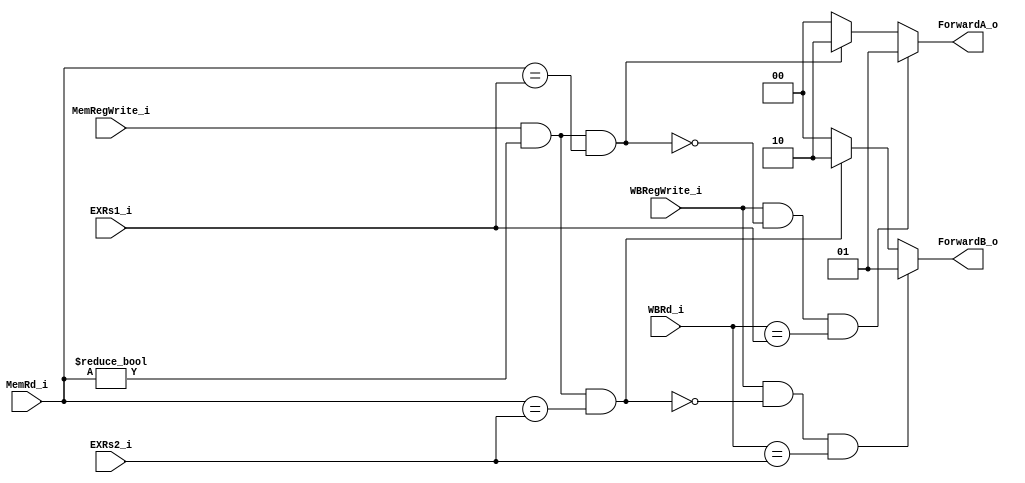
module Forward_Unit(
	MemRegWrite_i,
    MemRd_i,
    WBRegWrite_i,
    WBRd_i,
    EXRs1_i,
    EXRs2_i,
    ForwardA_o,
    ForwardB_o
);

input			MemRegWrite_i;
input	[4:0]	MemRd_i;
input			WBRegWrite_i;
input	[4:0]	WBRd_i;
input	[4:0]	EXRs1_i;
input 	[4:0]	EXRs2_i;
output	[1:0]	ForwardA_o;
output	[1:0]	ForwardB_o;

reg 	[1:0]	ForwardA_o;
reg 	[1:0]	ForwardB_o;

always @(*) begin
	//no hazards
	ForwardA_o = 2'b00;
	ForwardB_o = 2'b00;

	//EX-hazard
	if (MemRegWrite_i && (MemRd_i != 5'b0) && (MemRd_i == EXRs1_i)) begin
		ForwardA_o = 2'b10;
	end
	if (MemRegWrite_i && (MemRd_i != 5'b0) && (MemRd_i == EXRs2_i)) begin
		ForwardB_o = 2'b10;
	end

	//MEM-Hazard
	if (WBRegWrite_i && (WBRegWrite_i != 5'b0) &&  !(MemRegWrite_i && (MemRd_i != 5'b0) && (MemRd_i == EXRs1_i)) && (WBRd_i == EXRs1_i)) begin
		ForwardA_o = 2'b01;
	end
	if (WBRegWrite_i && (WBRegWrite_i != 5'b0) &&  !(MemRegWrite_i && (MemRd_i != 5'b0) && (MemRd_i == EXRs2_i)) && (WBRd_i == EXRs2_i)) begin
		ForwardB_o = 2'b01;
	end
end

endmodule